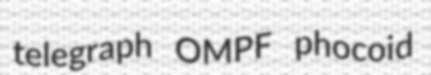
telegraph OMPF phocoid